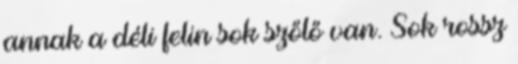
annak a déli felin sok szőlő van. Sok rossz